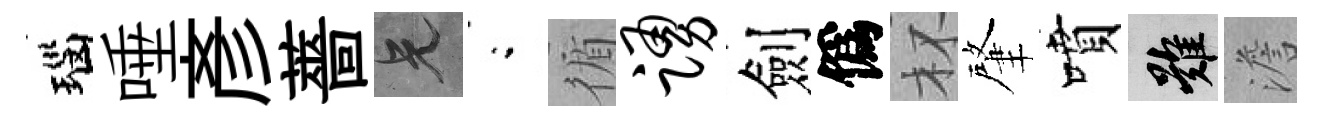
瑙唾彥薔兄閤循踊劍僞杯肇噴難澹